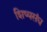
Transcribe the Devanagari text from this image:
शिष्यसंघ